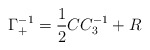
\begin{align*}\Gamma_+^{-1} = {1 \over 2} C C_3^{-1} + R\end{align*}